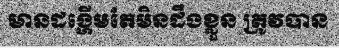
មានដង្ហើមតែមិនដឹងខ្លួន ត្រូវបាន